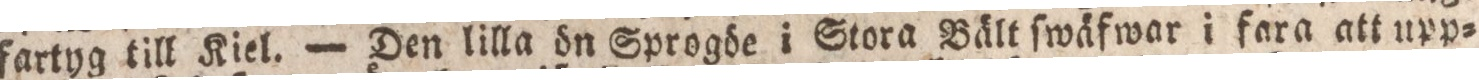
fartyg till Kiel. — Den lilla ön Sprogöe i Stora Bält ſwäfwar i fara att upp=